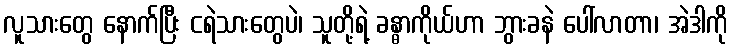
လူသားတွေ နောက်ပြီး ငရဲသားတွေပဲ၊ သူတို့ရဲ့ ခန္ဓာကိုယ်ဟာ ဘွားခနဲ ပေါ်လာတာ၊ အဲဒါကို